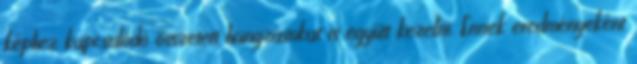
képhez kapcsolódó összetett hangzásokat is együtt kezelni. Ennek eredményeként